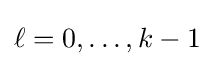
\ell =0,\ldots ,k-1